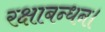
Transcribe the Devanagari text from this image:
रक्षाबन्धन।